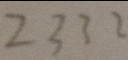
2 3 3 2